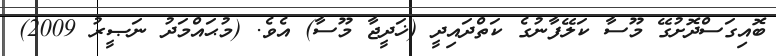
ބޮއިގަސްދޮށުގޭ މޫސާ ކަލޭފާނުގެ ކަތްދައިދީ (ޚަދީޖާ މޫސާ) އެވެ. (މުޙައްމަދު ނަޞީރު 2009)